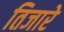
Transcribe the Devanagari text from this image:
तिजारे